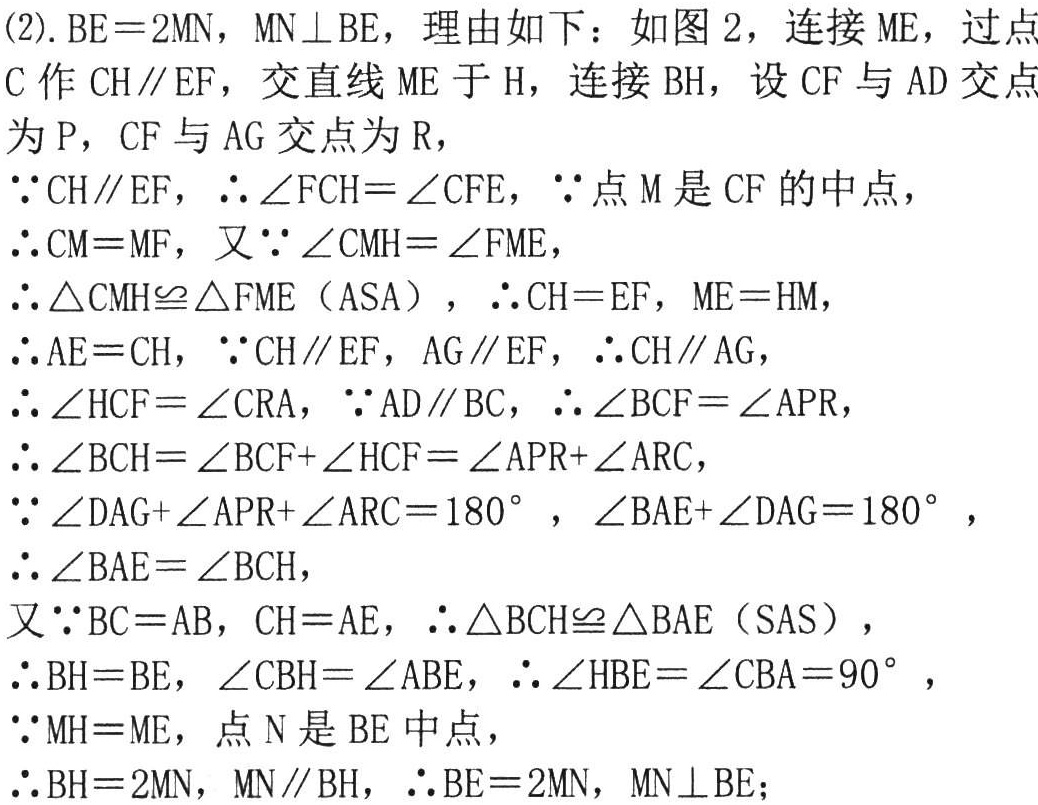
(2). \(BE = 2MN\)，\(MN\perp BE\)，理由如下：如图2，连接 \(ME\)，过点 \(C\) 作 \(CH\parallel EF\)，交直线 \(ME\) 于 \(H\)，连接 \(BH\)，设 \(CF\) 与 \(AD\) 交点为 \(P\)，\(CF\) 与 \(AG\) 交点为 \(R\)，

\(\because CH\parallel EF\)，\(\therefore\angle FCH=\angle CFE\)，\(\because\) 点 \(M\) 是 \(CF\) 的中点，

\(\therefore CM = MF\)，又 \(\because\angle CMH=\angle FME\)，

\(\therefore\triangle CMH\cong\triangle FME\)（\(ASA\)），\(\therefore CH = EF\)，\(ME = HM\)，

\(\therefore AE = CH\)，\(\because CH\parallel EF\)，\(AG\parallel EF\)，\(\therefore CH\parallel AG\)，

\(\therefore\angle HCF=\angle CRA\)，\(\because AD\parallel BC\)，\(\therefore\angle BCF=\angle APR\)，

\(\therefore\angle BCH=\angle BCF+\angle HCF=\angle APR+\angle ARC\)，

\(\because\angle DAG+\angle APR+\angle ARC = 180^{\circ}\)，\(\angle BAE+\angle DAG = 180^{\circ}\)，

\(\therefore\angle BAE=\angle BCH\)，

又 \(\because BC = AB\)，\(CH = AE\)，\(\therefore\triangle BCH\cong\triangle BAE\)（\(SAS\)），

\(\therefore BH = BE\)，\(\angle CBH=\angle ABE\)，\(\therefore\angle HBE=\angle CBA = 90^{\circ}\)，

\(\because MH = ME\)，点 \(N\) 是 \(BE\) 中点，

\(\therefore BH = 2MN\)，\(MN\parallel BH\)，\(\therefore BE = 2MN\)，\(MN\perp BE\)；